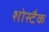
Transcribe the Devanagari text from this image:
शोस्टैक